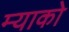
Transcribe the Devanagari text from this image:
म्याको